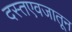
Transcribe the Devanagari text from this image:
दस्तएवजातून